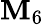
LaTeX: \mathbf{M}_{6}